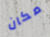
مكان